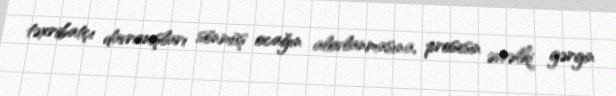
təxribatçı davranışları sönmüş ocağın alovlanmasına, prosesin əvvəlki gərgin